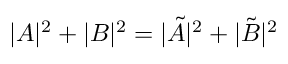
| A | ^ { 2 } + | B | ^ { 2 } = | \tilde { A } | ^ { 2 } + | \tilde { B } | ^ { 2 }